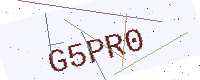
Text: G5PR0